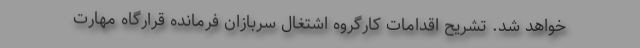
خواهد شد. تشریح اقدامات کارگروه اشتغال سربازان فرمانده قرارگاه مهارت